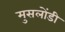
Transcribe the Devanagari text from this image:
मुसलोंडी